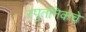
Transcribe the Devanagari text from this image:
स्पुतनिकचे